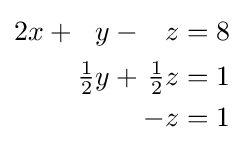
{\begin{alignedat}{4}2x&{}+{}&y&{}-{}&z&{}={}&8&\\&&{\tfrac {1}{2}}y&{}+{}&{\tfrac {1}{2}}z&{}={}&1&\\&&&&-z&{}={}&1&\end{alignedat}}